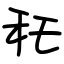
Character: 秅